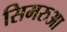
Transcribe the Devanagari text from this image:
सिमरुआ